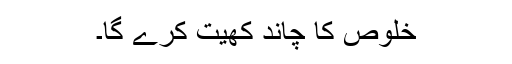
خلوص کا چاند کھیت کرے گا۔